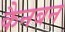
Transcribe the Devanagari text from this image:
कैनबन